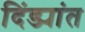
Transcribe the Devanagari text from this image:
दिंड्यांत